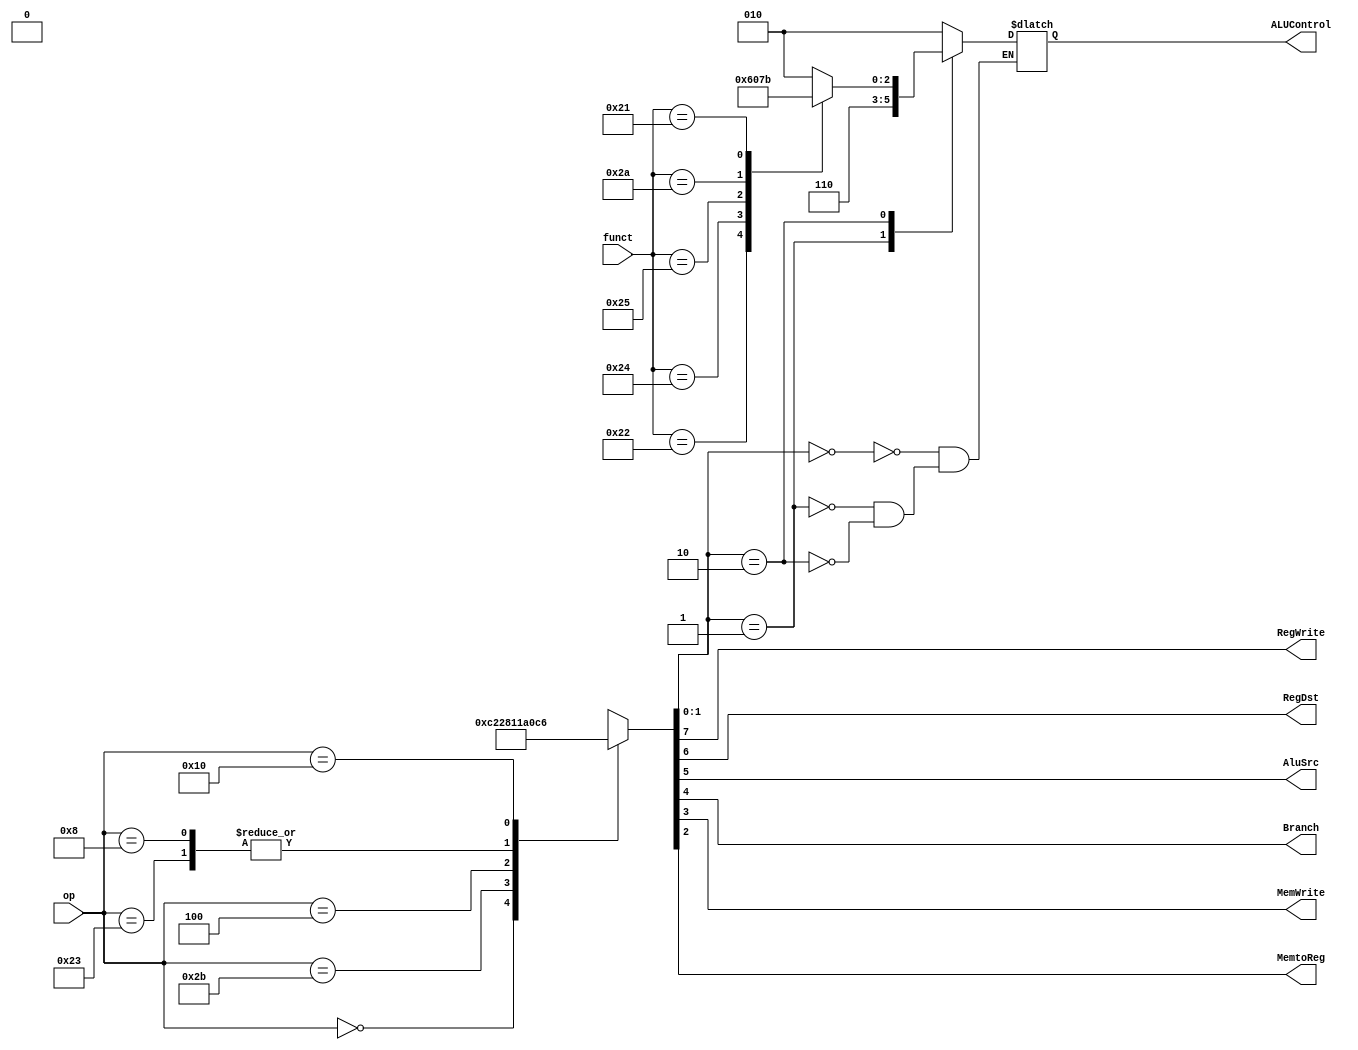
module CU(
    input       [5:0]   op,
    input       [5:0]   funct,

    output  reg         RegWrite,
    output  reg         RegDst,
    output  reg         AluSrc,
    output  reg         Branch,
    output  reg         MemWrite,
    output  reg         MemtoReg,
    output  reg [2:0]   ALUControl
);

    reg  [1:0]   ALUOp;

always @(*) begin
    
        case (op)
            6'b000000:{RegWrite,RegDst,AluSrc,Branch,MemWrite,MemtoReg,ALUOp} = 8'b11000010;        //reg
            6'b100011:{RegWrite,RegDst,AluSrc,Branch,MemWrite,MemtoReg,ALUOp} = 8'b10100000;        //lw
            6'b101011:{RegWrite,RegDst,AluSrc,Branch,MemWrite,MemtoReg,ALUOp} = 8'b00101000;        //sw
            6'b000100:{RegWrite,RegDst,AluSrc,Branch,MemWrite,MemtoReg,ALUOp} = 8'b00010001;        //beq
            6'b001000:{RegWrite,RegDst,AluSrc,Branch,MemWrite,MemtoReg,ALUOp} = 8'b10100000;        //addi

            6'b010000:{RegWrite,RegDst,AluSrc,Branch,MemWrite,MemtoReg,ALUOp} = 8'b11000110;        //ram
            default:   {RegWrite,RegDst,AluSrc,Branch,MemWrite,MemtoReg,ALUOp} = 8'bxxx0xxxx;
        endcase
        
        case (ALUOp)
            2'b00:begin
                    ALUControl = 3'b010;   //add 
                      
            end
            2'b01:begin
                    ALUControl = 3'b110;   //Subtracti
            end
            2'b10:begin
                    case (funct)
                        6'b100000:  ALUControl = 3'b010;    //Addi
                        6'b100010:  ALUControl = 3'b110;    //Subtract
                        6'b100100:  ALUControl = 3'b000;    //And
                        6'b100101:  ALUControl = 3'b001;    //Or
                        6'b101010:  ALUControl = 3'b111;    //SLT

                        6'b100001:  ALUControl = 3'b011;    //div

                        default:    ALUControl = 3'bxxx;
                    endcase
            end
        endcase
            
end
    
endmodule